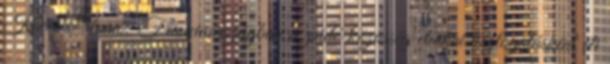
Köves Slomó: Franciaországban a zsidó közösség etnikai tisztogatásként éli